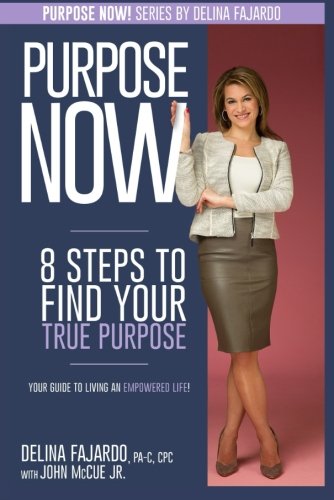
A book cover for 8 Steps To Find Your True Purpose: Your Guide To Living An Empowered Life (Purpose Now) (Volume 1); Delina Fajardo; Self-Help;